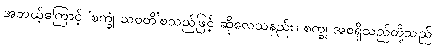
အဘယ့်ကြောင့် ‘စက္ခုံ သဝတိ’စသည်ဖြင့် ဆိုလေသနည်း။ စက္ခု အစရှိသည်တို့သည်